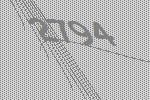
2794